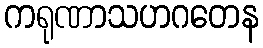
ကရုဏာသဟဂတေန